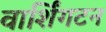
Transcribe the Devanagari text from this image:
वार्शिंगटन